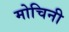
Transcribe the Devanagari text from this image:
मोचिनी